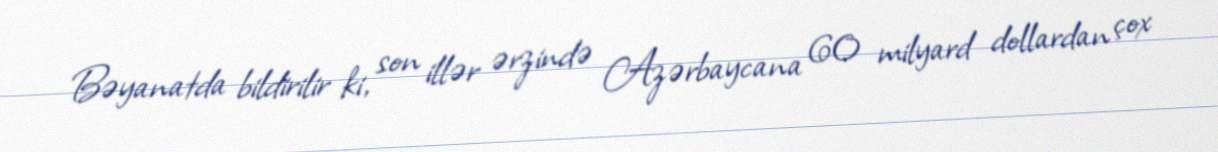
Bəyanatda bildirilir ki, son illər ərzində Azərbaycana 60 milyard dollardan çox